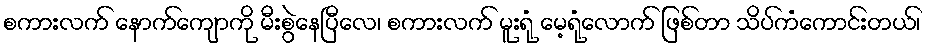
စကားလက် နောက်ကျောကို မီးစွဲနေပြီလေ၊ စကားလက် မူးရုံ မေ့ရုံလောက် ဖြစ်တာ သိပ်ကံကောင်းတယ်၊